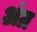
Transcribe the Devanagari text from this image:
अंग्र